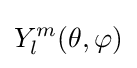
Y_{l}^{m}(\theta ,\varphi )